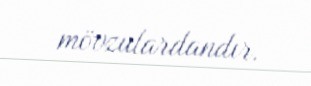
mövzulardandır.